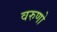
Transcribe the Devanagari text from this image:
वरुणो